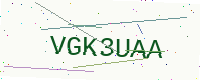
Text: VGK3UAA